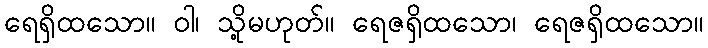
ရေရှိထသော။ ဝါ၊ သို့မဟုတ်။ ရေဇရှိထသော၊ ရေဇရှိထသော။